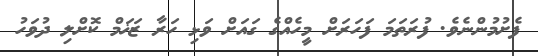
ފެށުމުންނެވެ. ފުރަތަމަ ފަހަރަށް މީހެއްގެ ގައަށް ވަޅި ހަރާ ޒަޚަމް ކޮށްލި ދުވަހު